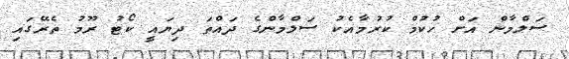
ސަލްމާން އަށް ހުކުމް ކުރުމާއެކު ސަލްމާންގެ ދައްތަ ދިޔައީ ކޯޓު ރޫމު ތެރޭގައި